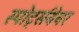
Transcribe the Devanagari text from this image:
स्पोर्ट्सवेयर